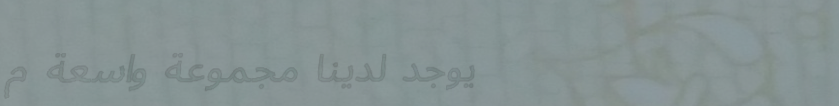
يوجد لدينا مجموعة واسعة م